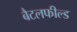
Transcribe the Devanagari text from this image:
बैटलफील्ड